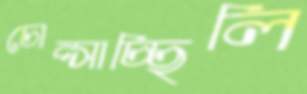
চোপ্‌সাচ্ছিলি